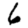
Digit: 6